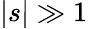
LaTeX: |s|\gg 1